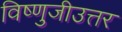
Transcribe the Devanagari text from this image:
विष्णुजीउत्तर